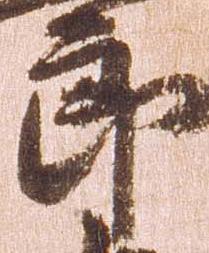
郎